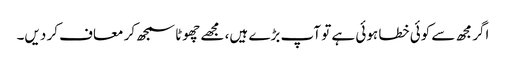
اگر مجھ سے کوئی خطا ہوئی ہے تو آپ بڑے ہیں، مجھے چھوٹا سمجھ کر معاف کر دیں۔